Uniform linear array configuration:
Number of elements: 4
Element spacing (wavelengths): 0.75
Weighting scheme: blackman
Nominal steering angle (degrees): -30
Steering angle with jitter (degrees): -30.754
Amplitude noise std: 0.05
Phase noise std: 0.05

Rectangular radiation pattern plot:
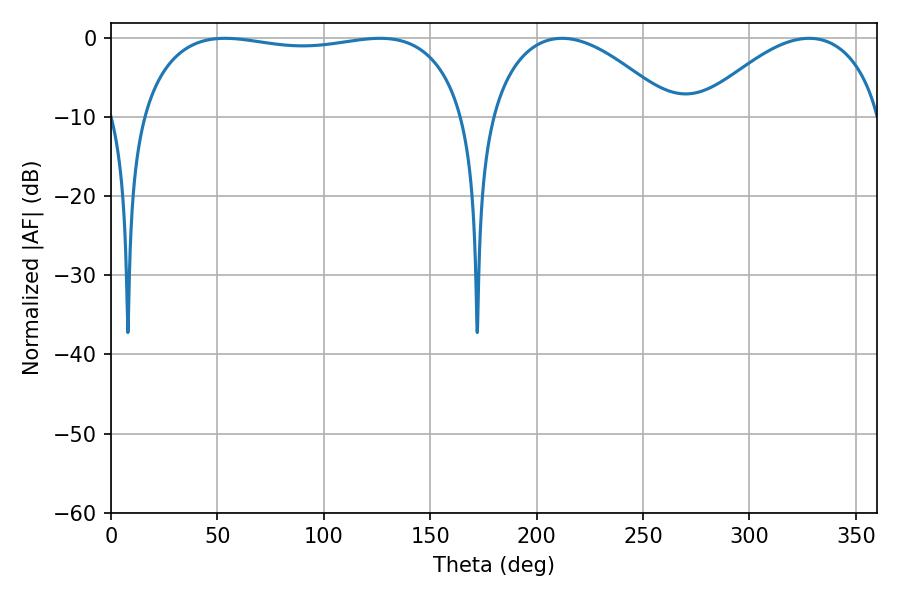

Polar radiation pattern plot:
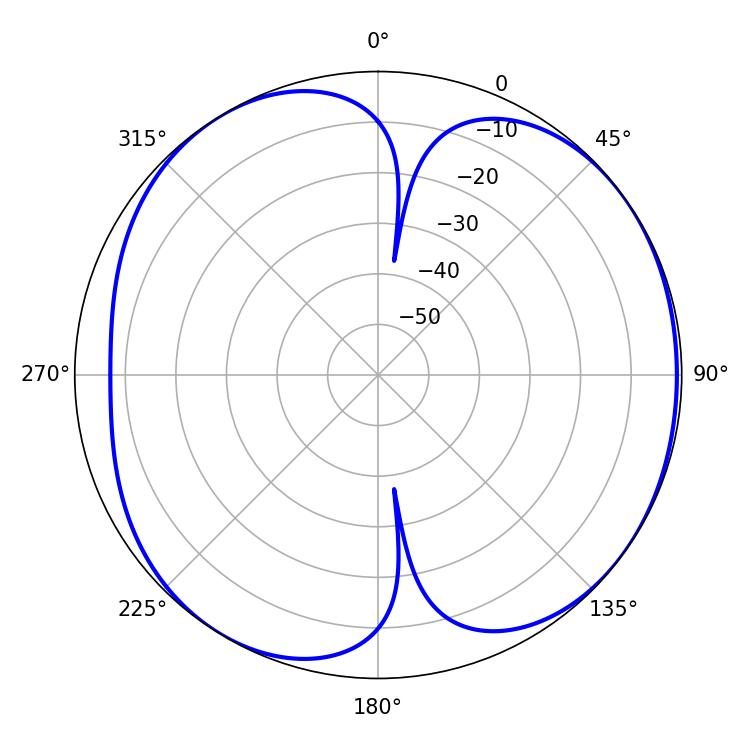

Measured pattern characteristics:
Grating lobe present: TRUE
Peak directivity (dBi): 5.728
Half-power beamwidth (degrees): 123.48
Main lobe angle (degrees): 53.64